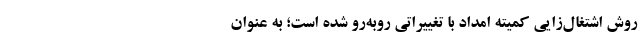
روش اشتغال‌زایی کمیته امداد با تغییراتی روبه‌رو شده است؛ به عنوان